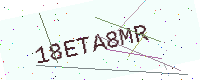
Text: 18ETA8MR